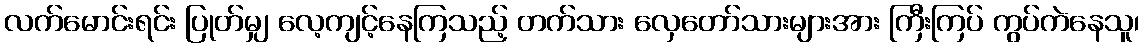
လက်မောင်းရင်း ပြုတ်မျှ လေ့ကျင့်နေကြသည့် တက်သား လှေတော်သားများအား ကြီးကြပ် ကွပ်ကဲနေသူ၊